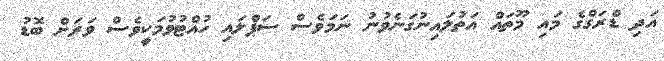
އަދި ޑްރަގްގެ މައި މޫތައް އަތުލައިނުގަނެވުނު ނަމަވެސް ސަޕްލައި ހުއްޓުވުމަކީވެސް ވަރަށް ބޮޑު